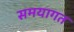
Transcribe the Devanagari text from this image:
समयागत